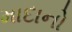
માદાનો